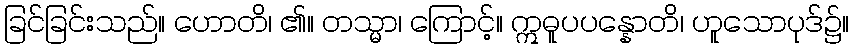
ခြင်ခြင်းသည်။ ဟောတိ၊ ၏။ တသ္မာ၊ ကြောင့်။ ဣဓူပပန္နောတိ၊ ဟူသောပုဒ်၌။